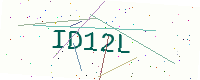
Text: ID12L